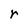
Character: r